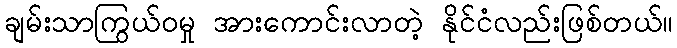
ချမ်းသာကြွယ်ဝမှု အားကောင်းလာတဲ့ နိုင်ငံလည်းဖြစ်တယ်။